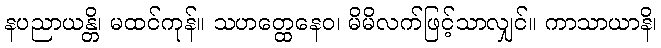
နပညာယန္တိ၊ မထင်ကုန်။ သဟတ္ထေနေဝ၊ မိမိလက်ဖြင့်သာလျှင်။ ကာသာယာနိ၊